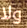
ولا